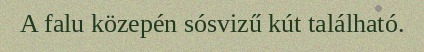
A falu közepén sósvizű kút található.